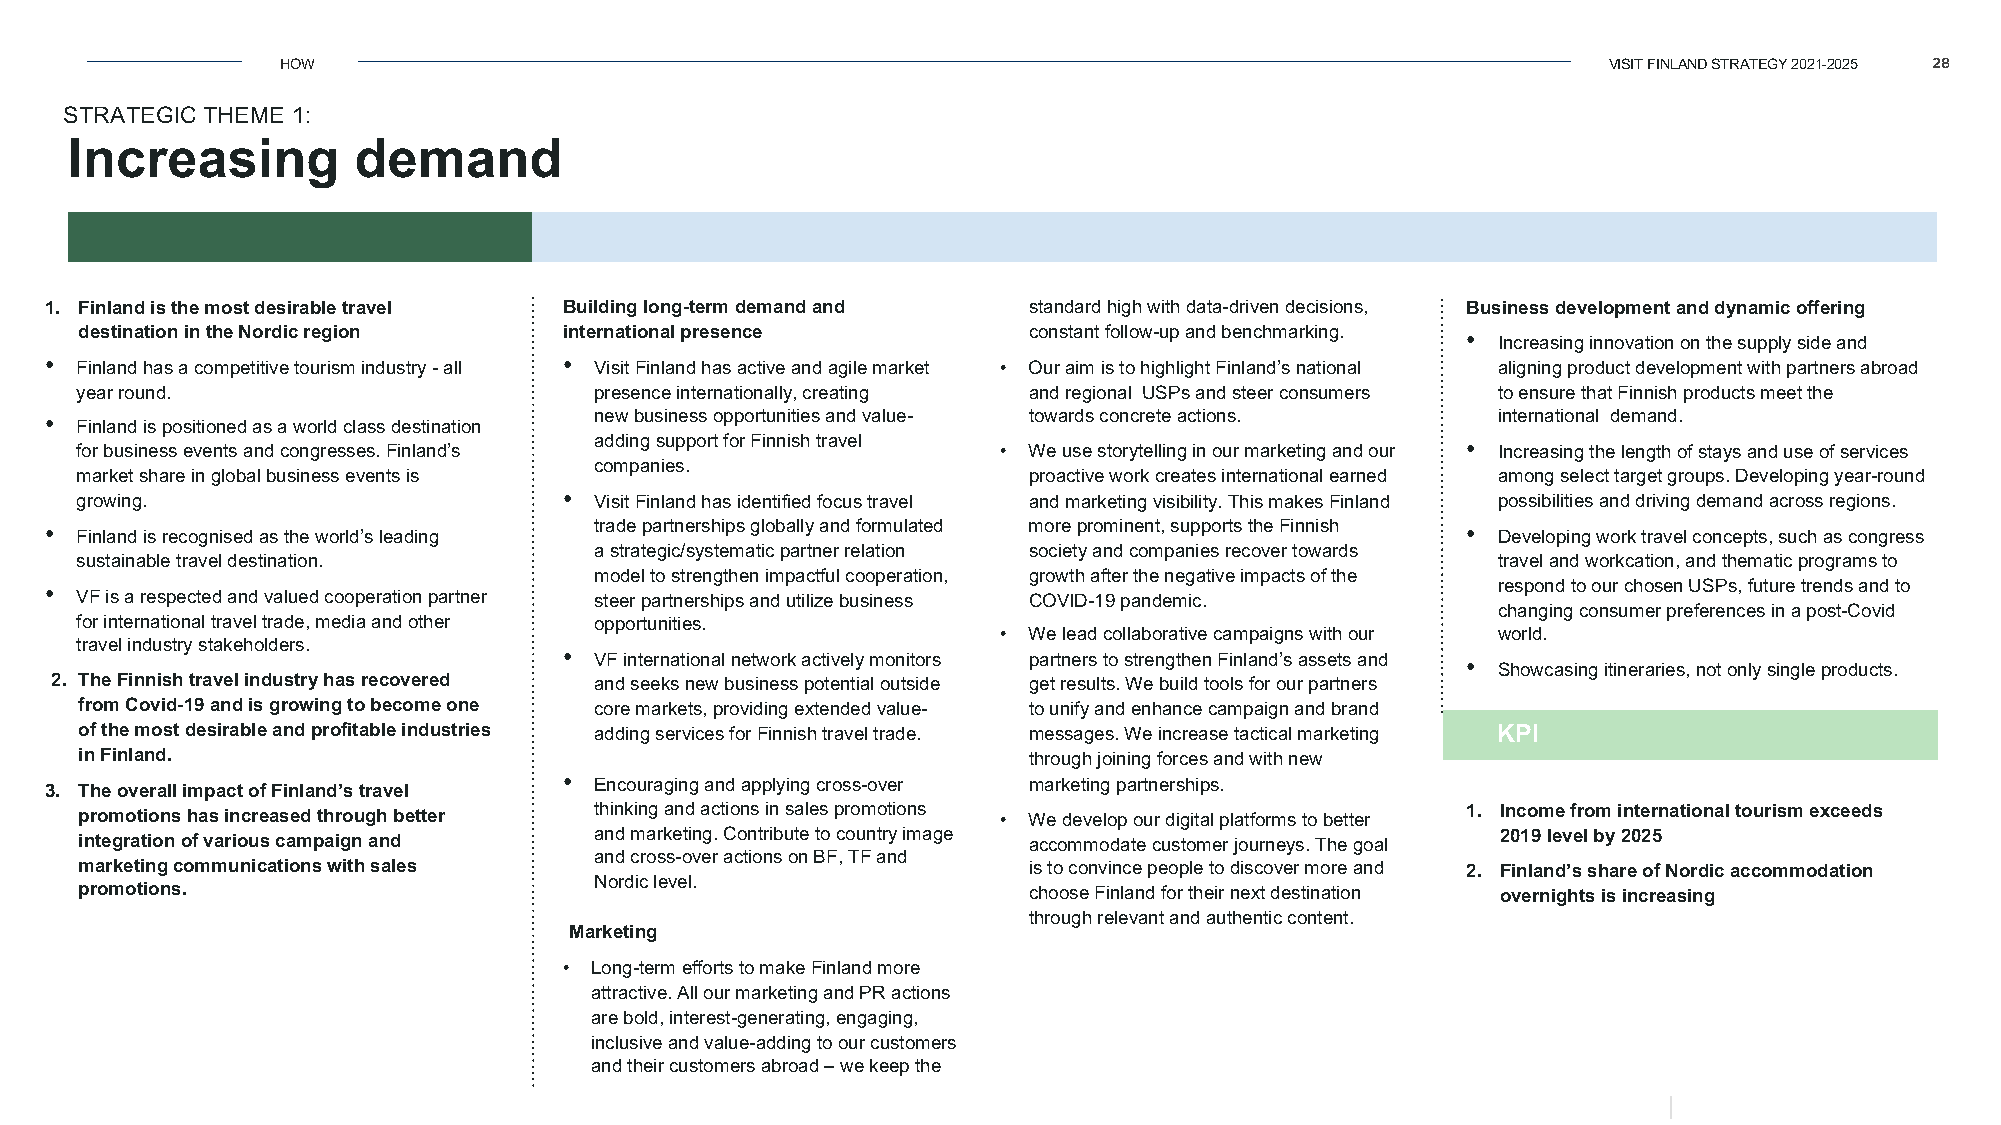
HOW                                                                                    VISIT FINLAND STRATEGY 2021-2025 28
 STRATEGIC THEME 1:
 Increasing         demand
 Target 2025                        Action plan
 1. Finland is the most desirable travel Building long-term demand and standard high with data-driven decisions, Business development and dynamic offering
 destination in the Nordic region international presence        constant follow-up and benchmarking. •
 Increasing innovation on the supply side and
 •                                 •
 Finland has a competitive tourism industry -all Visit Finland has active and agile market • Our aim is to highlight Finland’s national aligning product development with partners abroad
 year round.                       presence internationally, creating and regional USPs and steer consumers to ensure that Finnish products meet the
 •                                   newbusinessopportunities and value- towards concrete actions. international demand.
 Finland is positioned as a world classdestination
 adding support for Finnish travel                         •
 forbusiness events and congresses. Finland’s                 • We use storytelling in our marketing and our Increasing the length of stays and use of services
 companies.
 market share inglobalbusinessevents is                         proactive work creates international earned among select target groups. Developing year-round
 •
 growing.                          Visit Finland has identified focus travel and marketing visibility. This makes Finland possibilities and drivingdemand across regions.
 •                                   trade partnerships globally and formulated more prominent, supports the Finnish •
 Finland isrecognisedasthe world’s leading                                                     Developing work travel concepts, such as congress
 astrategic/systematic partner relation society and companies recover towards
 sustainabletraveldestination.                                                                 travel and workcation, and thematic programs to
 model to strengthen impactful cooperation, growth after the negative impacts of the
 •                                                                                               respond to our chosen USPs, future trends and to
 VF isarespected and valued cooperationpartner steerpartnerships and utilize business COVID-19 pandemic.
 changing consumer preferences in a post-Covid
 for international traveltrade,media and other opportunities.
 • We lead collaborative campaigns with our world.
 travel industrystakeholders.
 •
 VF international network actively monitors partners to strengthen Finland’s assets and •
 Showcasing itineraries, not only single products.
 2. The Finnish travelindustry has recovered and seeks new business potentialoutside get results.We build tools for our partners
 from Covid-19 and is growing to becomeone core markets, providing extended value- to unify and enhance campaign and brand
 of the most desirable and profitable industries adding services for Finnish travel trade. messages. We increase tactical marketing KPI
 in Finland.                                                    through joining forces and with new
 •
 Encouraging and applying cross-over marketing partnerships.
 3. The overall impactofFinland’s travel
 promotions has increased throughbetter thinking and actions in sales promotions • We develop our digital platforms to better 1. Income from international tourism exceeds
 integration of various campaign and and marketing. Contribute to country image accommodate customer journeys. The goal 2019level by 2025
 and cross-over actions on BF, TF and
 marketing communicationswith sales                             is to convince people to discover more and 2. Finland’s share of Nordic accommodation
 Nordic level.
 promotions.                                                    choose Finland for their next destination overnights is increasing
 through relevant and authentic content.
 Marketing
 • Long-term efforts to make Finland more
 attractive. All our marketing and PR actions
 are bold, interest-generating, engaging,
 inclusive and value-adding to our customers
 and their customers abroad –we keep the